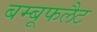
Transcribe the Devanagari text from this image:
बम्बूफलैट